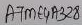
Text: ATME4A328